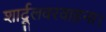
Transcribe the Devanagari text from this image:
शार्दूलवरवाहना।